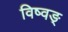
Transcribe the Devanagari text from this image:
विष्वङ्